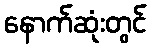
နောက်ဆုံးတွင်